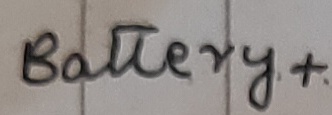
Text: Battery+